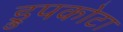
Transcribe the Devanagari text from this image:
ड्रुपकोटा